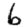
Digit: 6